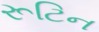
રૂટિન